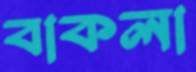
বাকলা